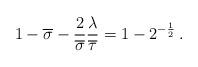
LaTeX: \begin{align*}1-\overline{\sigma}-\frac{2}{\overline{\sigma}}\frac{\lambda}{\overline{\tau}}=1-2^{-\frac{1}{2}}\,.\end{align*}